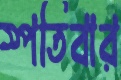
স্পতিবার